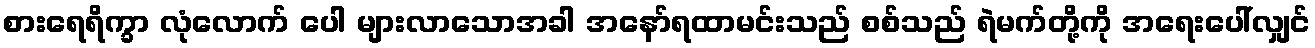
စားရေရိက္ခာ လုံလောက် ပေါ များလာသောအခါ အနော်ရထာမင်းသည် စစ်သည် ရဲမက်တို့ကို အရေးပေါ်လျှင်